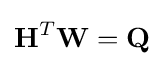
\mathbf {H} ^{T}\mathbf {W} =\mathbf {Q}